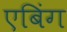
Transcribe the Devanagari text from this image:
एबिंग